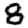
Digit: 8